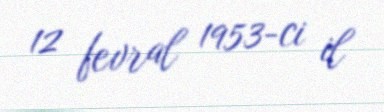
12 fevral 1953-ci il